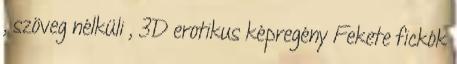
, szöveg nélküli , 3D erotikus képregény Fekete fickók